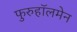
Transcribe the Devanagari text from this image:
फुरुहॉलमेन